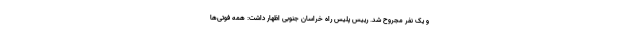
و یک نفر مجروح شد. رییس پلیس راه خراسان جنوبی اظهار داشت: همه فوتی‌ها